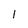
Character: l